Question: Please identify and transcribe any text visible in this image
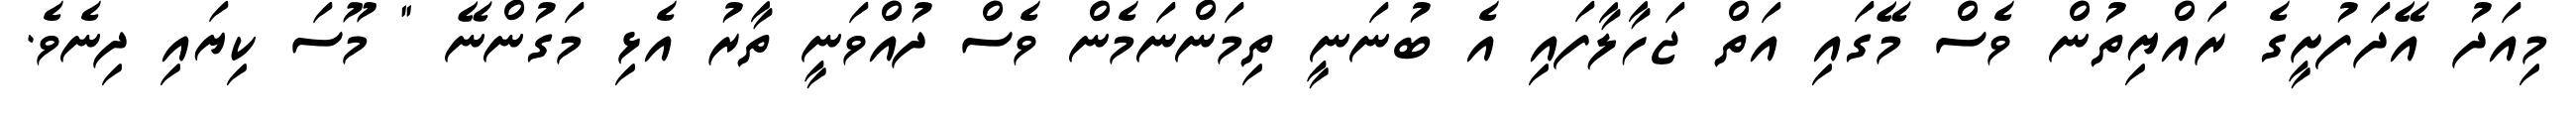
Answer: މިއަދު އޭދަފުށީގެ ރައްޔިތުން ވެސް މޭގައި އަތް ޖަހާލާފައި އެ ބުނަނީ ތިމަންނަމެން ވެސް ދުއްވަނީ ތާރު އެޅި މަގުންނޭ " މޫސަ ކިޔައި ދިނެވެ.